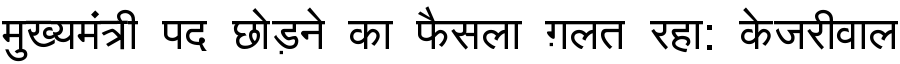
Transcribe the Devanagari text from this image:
मुख्यमंत्री पद छोड़ने का फैसला ग़लत रहा: केजरीवाल